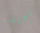
تعرف